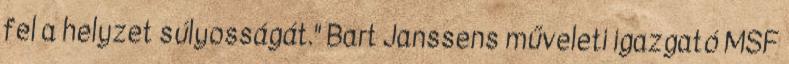
fel a helyzet súlyosságát." Bart Janssens műveleti igazgató MSF